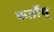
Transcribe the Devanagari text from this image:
कर्तोय्